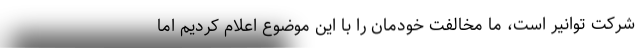
شرکت توانیر است، ما مخالفت خودمان را با این موضوع اعلام کردیم اما